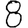
Digit: 8